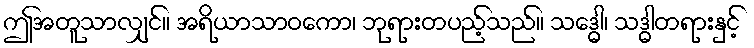
ဤအတူသာလျှင်။ အရိယာသာဝကော၊ ဘုရားတပည့်သည်။ သဒ္ဓေါ၊ သဒ္ဓါတရားနှင့်